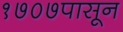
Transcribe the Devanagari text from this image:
१७०७पासून